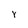
Character: Y